Indian journal of veterinary science and animal husbandry - Volume 6,
Year: 1936
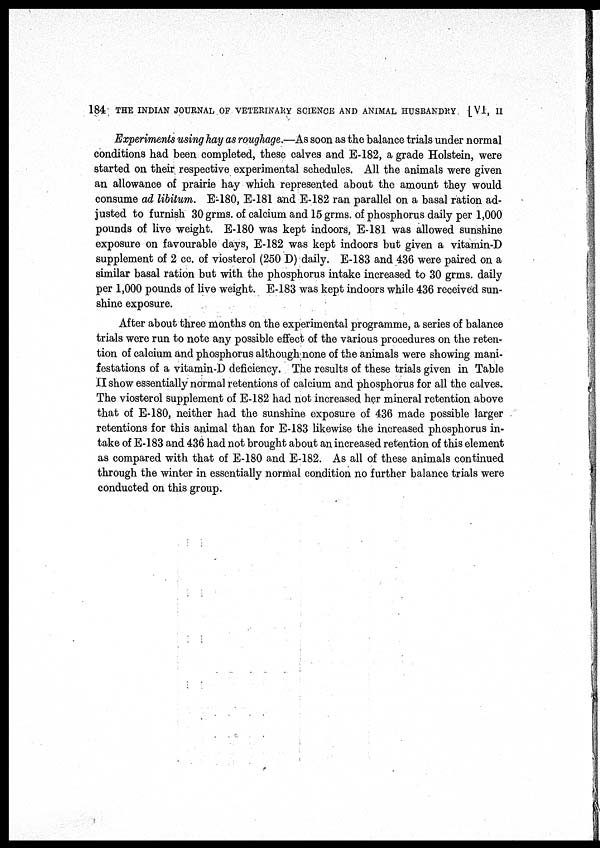
184 THE INDIAN JOURNAL OF VETERINARY SCIENCE AND ANIMAL HUSBANDRY [VI, II
Experiments using hay as roughage.—As soon as the balance trials under normal
conditions had been completed, these calves and E-182, a grade Holstein, were
started on their respective experimental schedules. All the animals were given
an allowance of prairie hay which represented about the amount they would
consume ad libitum. E-180, E-181 and E-182 ran parallel on a basal ration ad-
justed to furnish 30 grms. of calcium and 15 grms. of phosphorus daily per 1,000
pounds of live weight. E-180 was kept indoors, E-181 was allowed sunshine
exposure on favourable days, E-182 was kept indoors but given a vitamin-D
supplement of 2 cc. of viosterol (250 D) daily. E-183 and 436 were paired on a
similar basal ration but with the phosphorus intake increased to 30 grms. daily
per 1,000 pounds of live weight. E-183 was kept indoors while 436 received sun-
shine exposure.
After about three months on the experimental programme, a series of balance
trials were run to note any possible effect of the various procedures on the reten-
tion of calcium and phosphorus although none of the animals were showing mani-
festations of a vitamin-D deficiency. The results of these trials given in Table
II show essentially normal retentions of calcium and phosphorus for all the calves.
The viosterol supplement of E-182 had not increased her mineral retention above
that of E-180, neither had the sunshine exposure of 436 made possible larger
retentions for this animal than for E-183 likewise the increased phosphorus in-
take of E-183 and 436 had not brought about an increased retention of this element
as compared with that of E-180 and E-182. As all of these animals continued
through the winter in essentially normal condition no further balance trials were
conducted on this group.